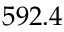
5 9 2 . 4